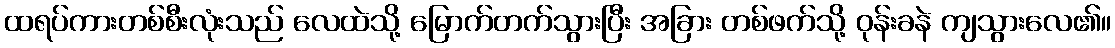
ထရပ်ကားတစ်စီးလုံးသည် လေထဲသို့ မြောက်တက်သွားပြီး အခြား တစ်ဖက်သို့ ဝုန်းခနဲ ကျသွားလေ၏။